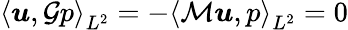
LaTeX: \left<\boldsymbol{u},\mathcal{G}p\right>_{L^{2}}=-\left<\mathcal{M}\boldsymbol{u},p\right>_{L^{2}}=0